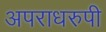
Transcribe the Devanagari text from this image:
अपराधरुपी